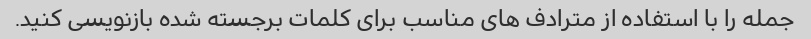
جمله را با استفاده از مترادف های مناسب برای کلمات برجسته شده بازنویسی کنید.